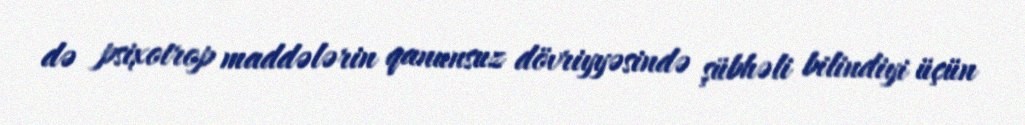
də psixotrop maddələrin qanunsuz dövriyyəsində şübhəli bilindiyi üçün